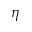
\eta